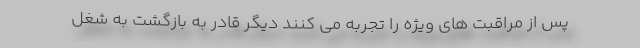
پس از مراقبت های ویژه را تجربه می کنند دیگر قادر به بازگشت به شغل